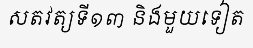
សតវត្យទី១៣ និងមួយទៀត